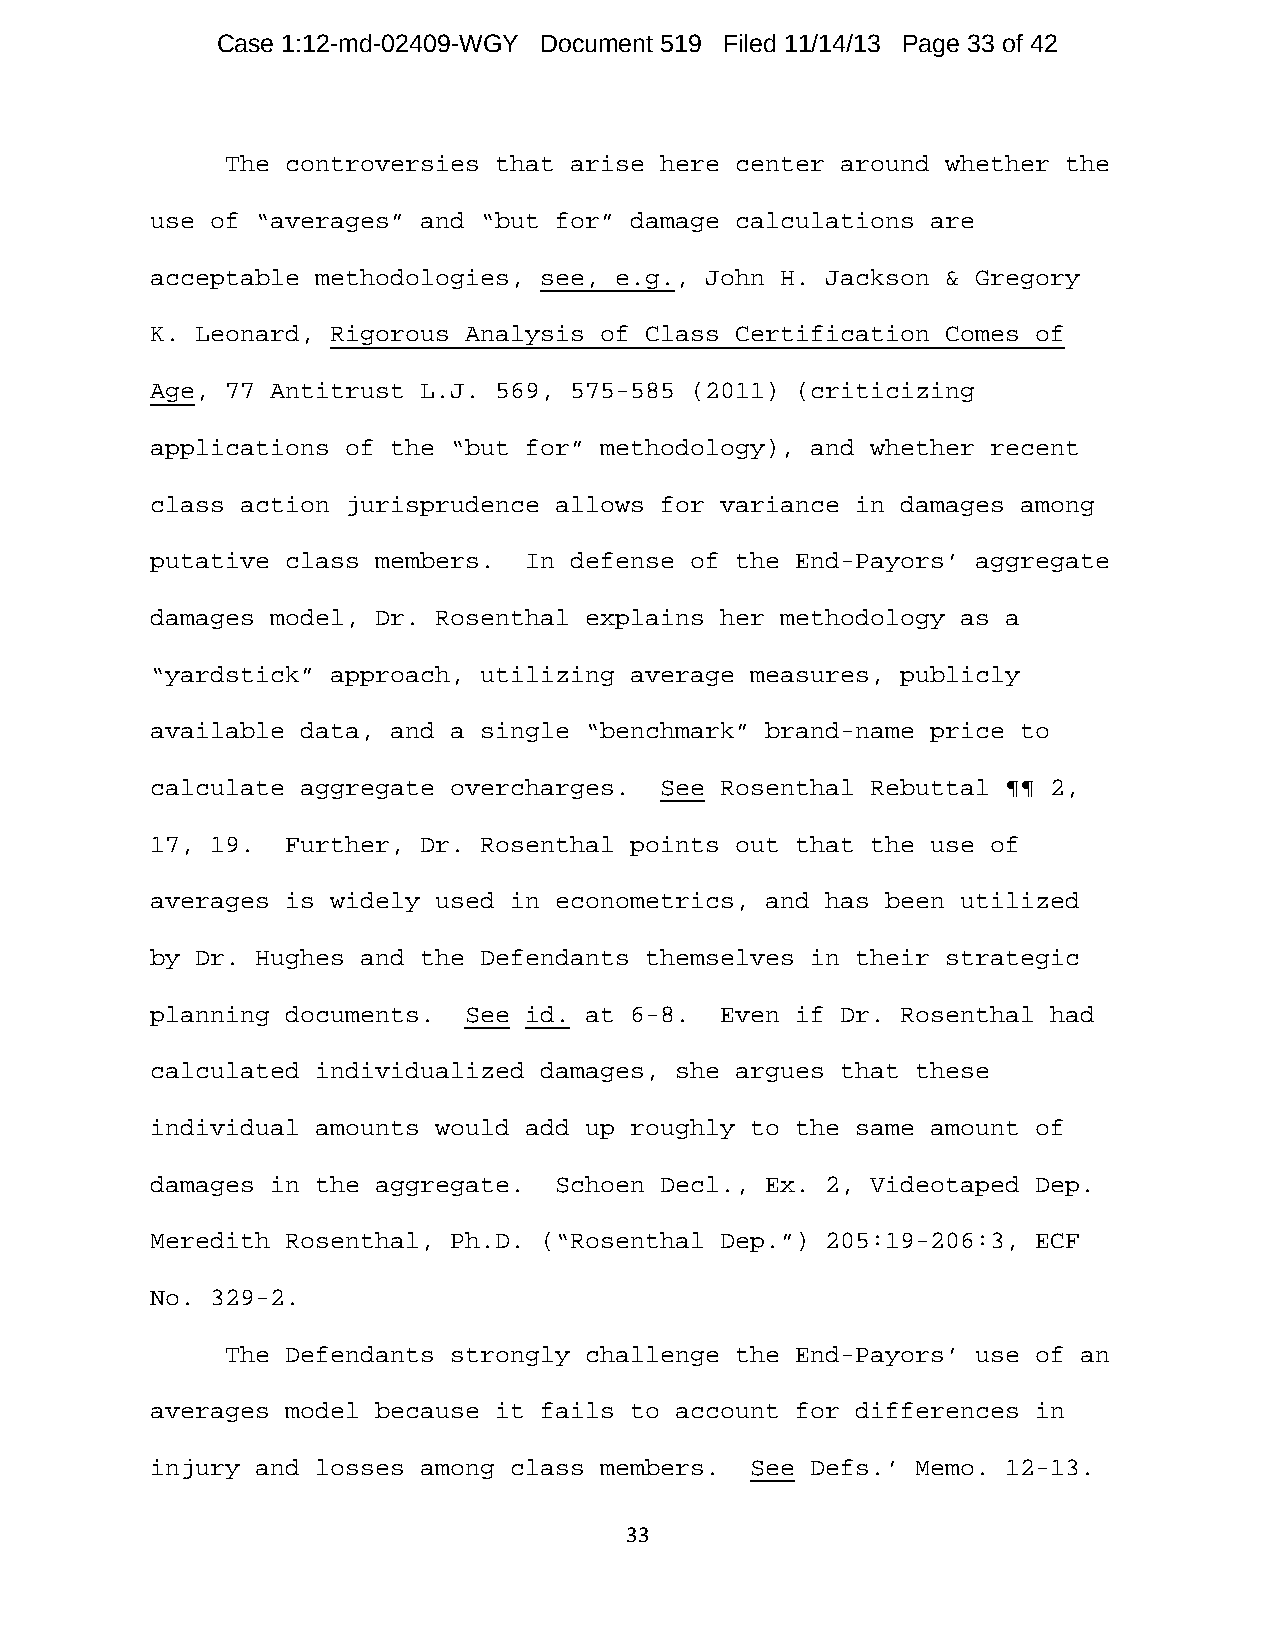
Case 1:12-md-02409-WGY Document 519 Filed 11/14/13 Page 33 of 42
 The controversies that arise here center around whether the
 use of “averages” and “but for” damage calculations are
 acceptable methodologies, see, e.g., John H. Jackson & Gregory
 K. Leonard, Rigorous Analysis of Class Certification Comes of
 Age, 77 Antitrust L.J. 569, 575-585 (2011) (criticizing
 applications of the “but for” methodology), and whether recent
 class action jurisprudence allows for variance in damages among
 putative class members.  In defense of the End-Payors’ aggregate
 damages model, Dr. Rosenthal explains her methodology as a
 “yardstick” approach, utilizing average measures, publicly
 available data, and a single “benchmark” brand-name price to
 calculate aggregate overcharges.  See Rosenthal Rebuttal ¶¶ 2,
 17, 19.  Further, Dr. Rosenthal points out that the use of
 averages is widely used in econometrics, and has been utilized
 by Dr. Hughes and the Defendants themselves in their strategic
 planning documents.  See id. at 6-8.  Even if Dr. Rosenthal had
 calculated individualized damages, she argues that these
 individual amounts would add up roughly to the same amount of
 damages in the aggregate.  Schoen Decl., Ex. 2, Videotaped Dep.
 Meredith Rosenthal, Ph.D. (“Rosenthal Dep.”) 205:19-206:3, ECF
 No. 329-2.
 The Defendants strongly challenge the End-Payors’ use of an
 averages model because it fails to account for differences in
 injury and losses among class members.  See Defs.’ Memo. 12-13.
 33